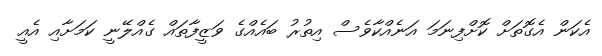
އެކަން އެގޮތަށް ކޮށްފިނަމަ އަނެއްކާވެސް އިތުރު ބައެއްގެ ވަޒީފާތައް ގެއްލޭނީ ކަމަށާއި އެއީ